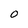
Character: O